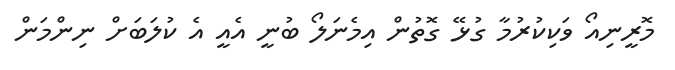
މޮރީނިއޯ ވަކިކުރުމާ ގުޅޭ ގޮތުން އިމެނަލޯ ބުނީ އެއީ އެ ކުލަބަށް ނިންމަން